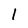
Character: 1